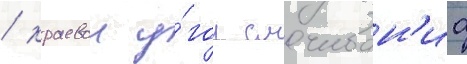
/ краевои у́гол смачиван'иа